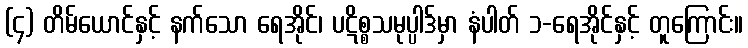
(၄) တိမ်ယောင်နှင့် နက်သော ရေအိုင်၊ ပဋိစ္စသမုပ္ပါဒ်မှာ နံပါတ် ၁-ရေအိုင်နှင့် တူကြောင်း။